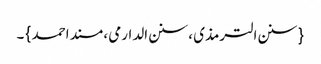
{ سنن الترمذی ، سنن الدارمی ، مسند احمد } ۔